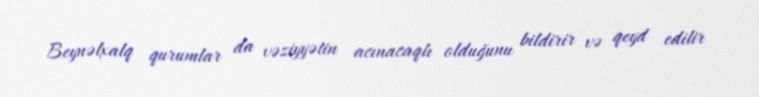
Beynəlxalq qurumlar da vəziyyətin acınacaqlı olduğunu bildirir və qeyd edilir